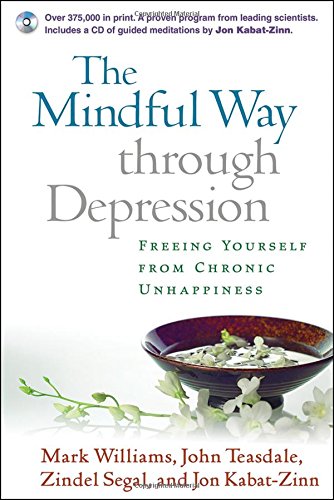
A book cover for The Mindful Way Through Depression: Freeing Yourself from Chronic Unhappiness (Book & CD); Mark Williams; Health, Fitness & Dieting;